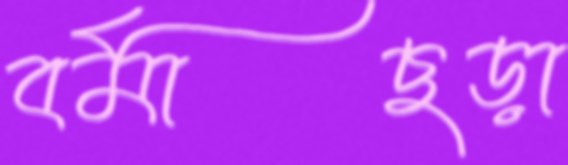
বর্মাছড়া